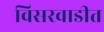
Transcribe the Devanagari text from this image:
विसरवाडीत